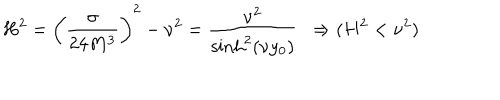
H ^ { 2 } = \left( \frac { \sigma } { 2 4 M ^ { 3 } } \right) ^ { 2 } - \nu ^ { 2 } = \frac { \nu ^ { 2 } } { \sinh ^ { 2 } ( \nu y _ { 0 } ) } \, \, \, \Rightarrow ( H ^ { 2 } < \nu ^ { 2 } )